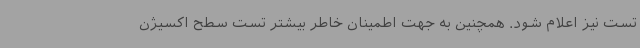
تست نیز اعلام شود. همچنین به جهت اطمینان خاطر بیشتر تست سطح اکسیژن